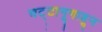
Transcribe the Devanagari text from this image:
चट्टानूगाहून